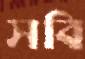
সবি